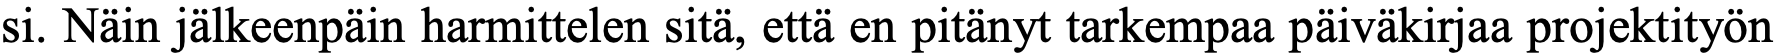
si. Näin jälkeenpäin harmittelen sitä, että en pitänyt tarkempaa päiväkirjaa projektityön